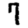
Digit: 7